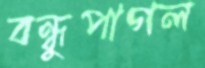
বন্ধুপাগল